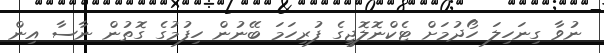
ނުވާ ގިނަހިލަ ހޯދުމަށް ޓެކްނޮލޮޖީގެ ފުރިހަމަ ބޭނުން ހިފުމުގެ ގޮތުން ނާސާ އިން